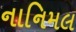
નાનિમલ